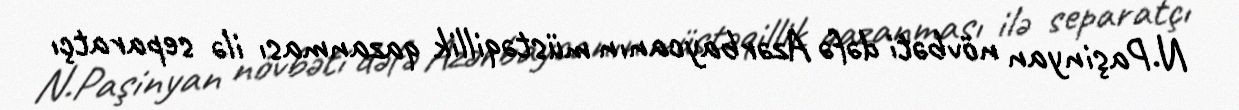
N.Paşinyan növbəti dəfə Azərbaycanın müstəqillik qazanması ilə separatçı